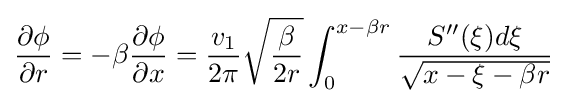
{\frac {\partial \phi }{\partial r}}=-\beta {\frac {\partial \phi }{\partial x}}={\frac {v_{1}}{2\pi }}{\sqrt {\frac {\beta }{2r}}}\int _{0}^{x-\beta r}{\frac {S''(\xi )d\xi }{\sqrt {x-\xi -\beta r}}}